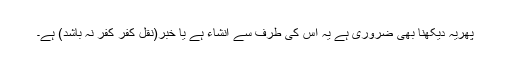
پھریہ دیکھنا بھی ضروری ہے یہ اس کی طرف سے انشاء ہے یا خبر(نقل کفر کفر نہ باشد) ہے۔